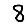
Digit: 8